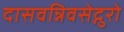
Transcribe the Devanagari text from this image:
दासवन्निवसेद्गुरो